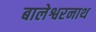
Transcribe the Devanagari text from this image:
बालेश्वरनाथ